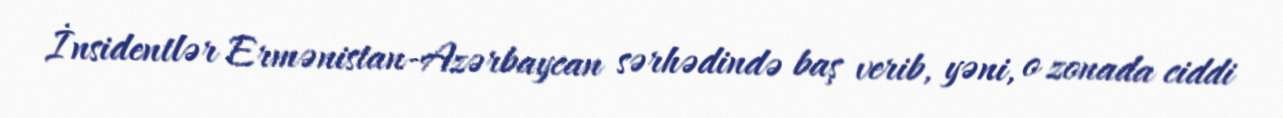
İnsidentlər Ermənistan-Azərbaycan sərhədində baş verib, yəni, o zonada ciddi